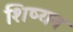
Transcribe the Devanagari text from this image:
शिष्यन